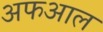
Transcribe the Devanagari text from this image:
अफआल